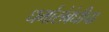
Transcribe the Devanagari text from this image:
धर्मासंबंधीचा